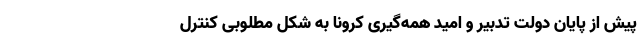
پیش از پایان دولت تدبیر و امید همه‌گیری کرونا به شکل مطلوبی کنترل